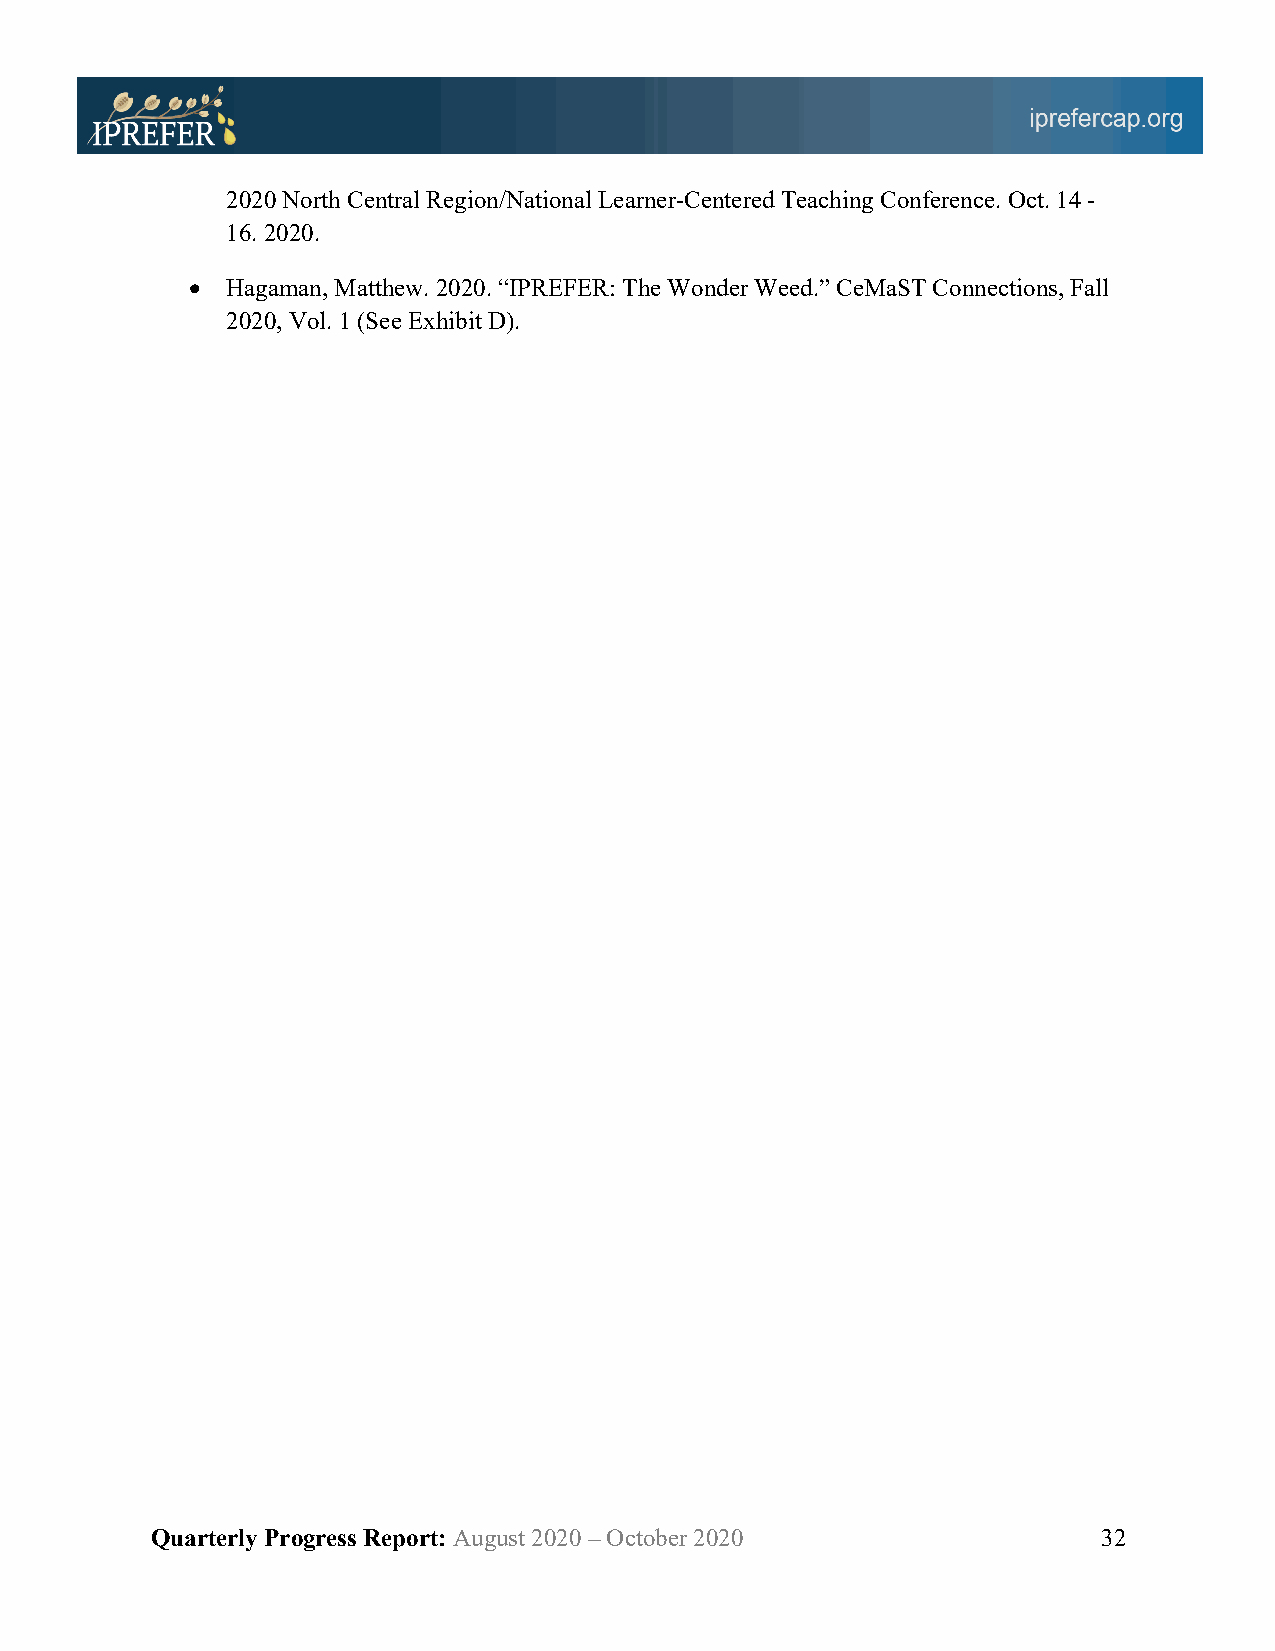
2020 North Central Region/National Learner-Centered Teaching Conference. Oct. 14 -
 16. 2020.
 •  Hagaman, Matthew. 2020. “IPREFER: The Wonder Weed.” CeMaST Connections, Fall
 2020, Vol. 1 (See Exhibit D).
 Quarterly Progress Report: August 2020 – October 2020          32